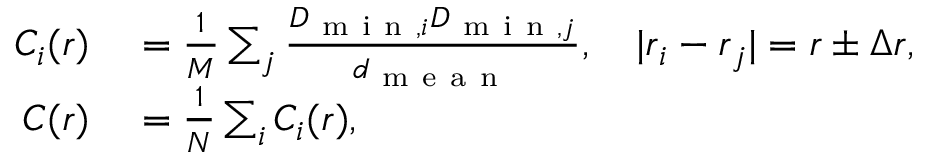
\begin{array} { r l } { C _ { i } ( r ) } & { { } = \frac { 1 } { M } \sum _ { j } \frac { D _ { \mathrm { ~ m ~ i ~ n ~ } , i } D _ { \mathrm { ~ m ~ i ~ n ~ } , j } } { d _ { \mathrm { ~ m ~ e ~ a ~ n ~ } } } , \quad | \boldsymbol { r } _ { i } - \boldsymbol { r } _ { j } | = r \pm \Delta r , } \\ { C ( r ) } & { { } = \frac { 1 } { N } \sum _ { i } C _ { i } ( r ) , } \end{array}